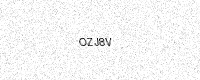
Text: OZJ8V